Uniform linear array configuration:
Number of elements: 48
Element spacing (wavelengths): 0.25
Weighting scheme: kaiser
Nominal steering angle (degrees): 30
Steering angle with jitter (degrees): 30.655
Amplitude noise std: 0.05
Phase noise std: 0.05

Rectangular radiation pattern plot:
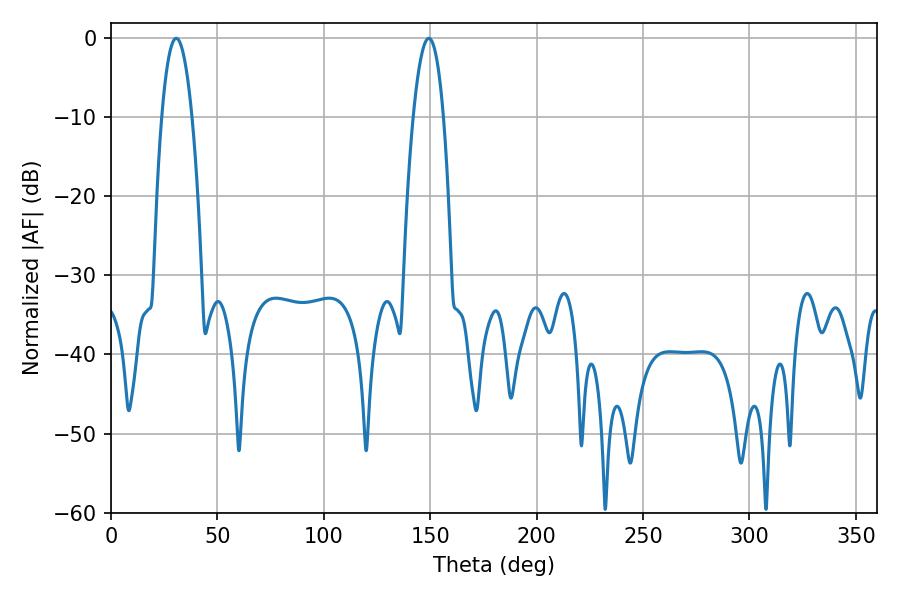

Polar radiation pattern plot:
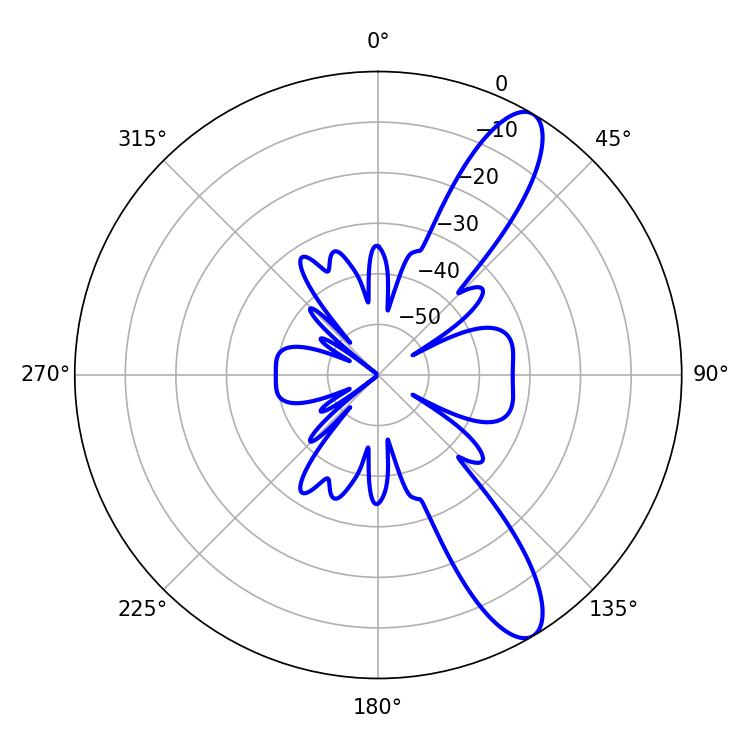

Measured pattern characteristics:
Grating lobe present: FALSE
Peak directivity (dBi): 11.223
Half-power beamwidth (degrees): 7.92
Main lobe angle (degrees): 30.6